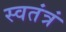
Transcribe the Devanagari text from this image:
स्वतंत्रं